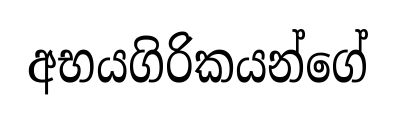
අභයගිරිකයන්ගේ